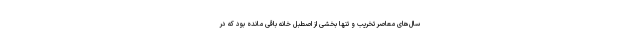
سال‌های معاصر تخریب و تنها بخشی از اصطبل خانه باقی مانده بود که در